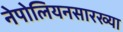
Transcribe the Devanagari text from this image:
नेपोलियनसारख्या